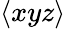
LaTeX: \langle xyz\rangle